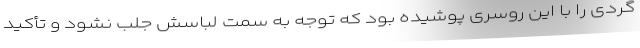
گردی را با این روسری پوشیده بود که توجه به سمت لباسش جلب نشود و تأکید